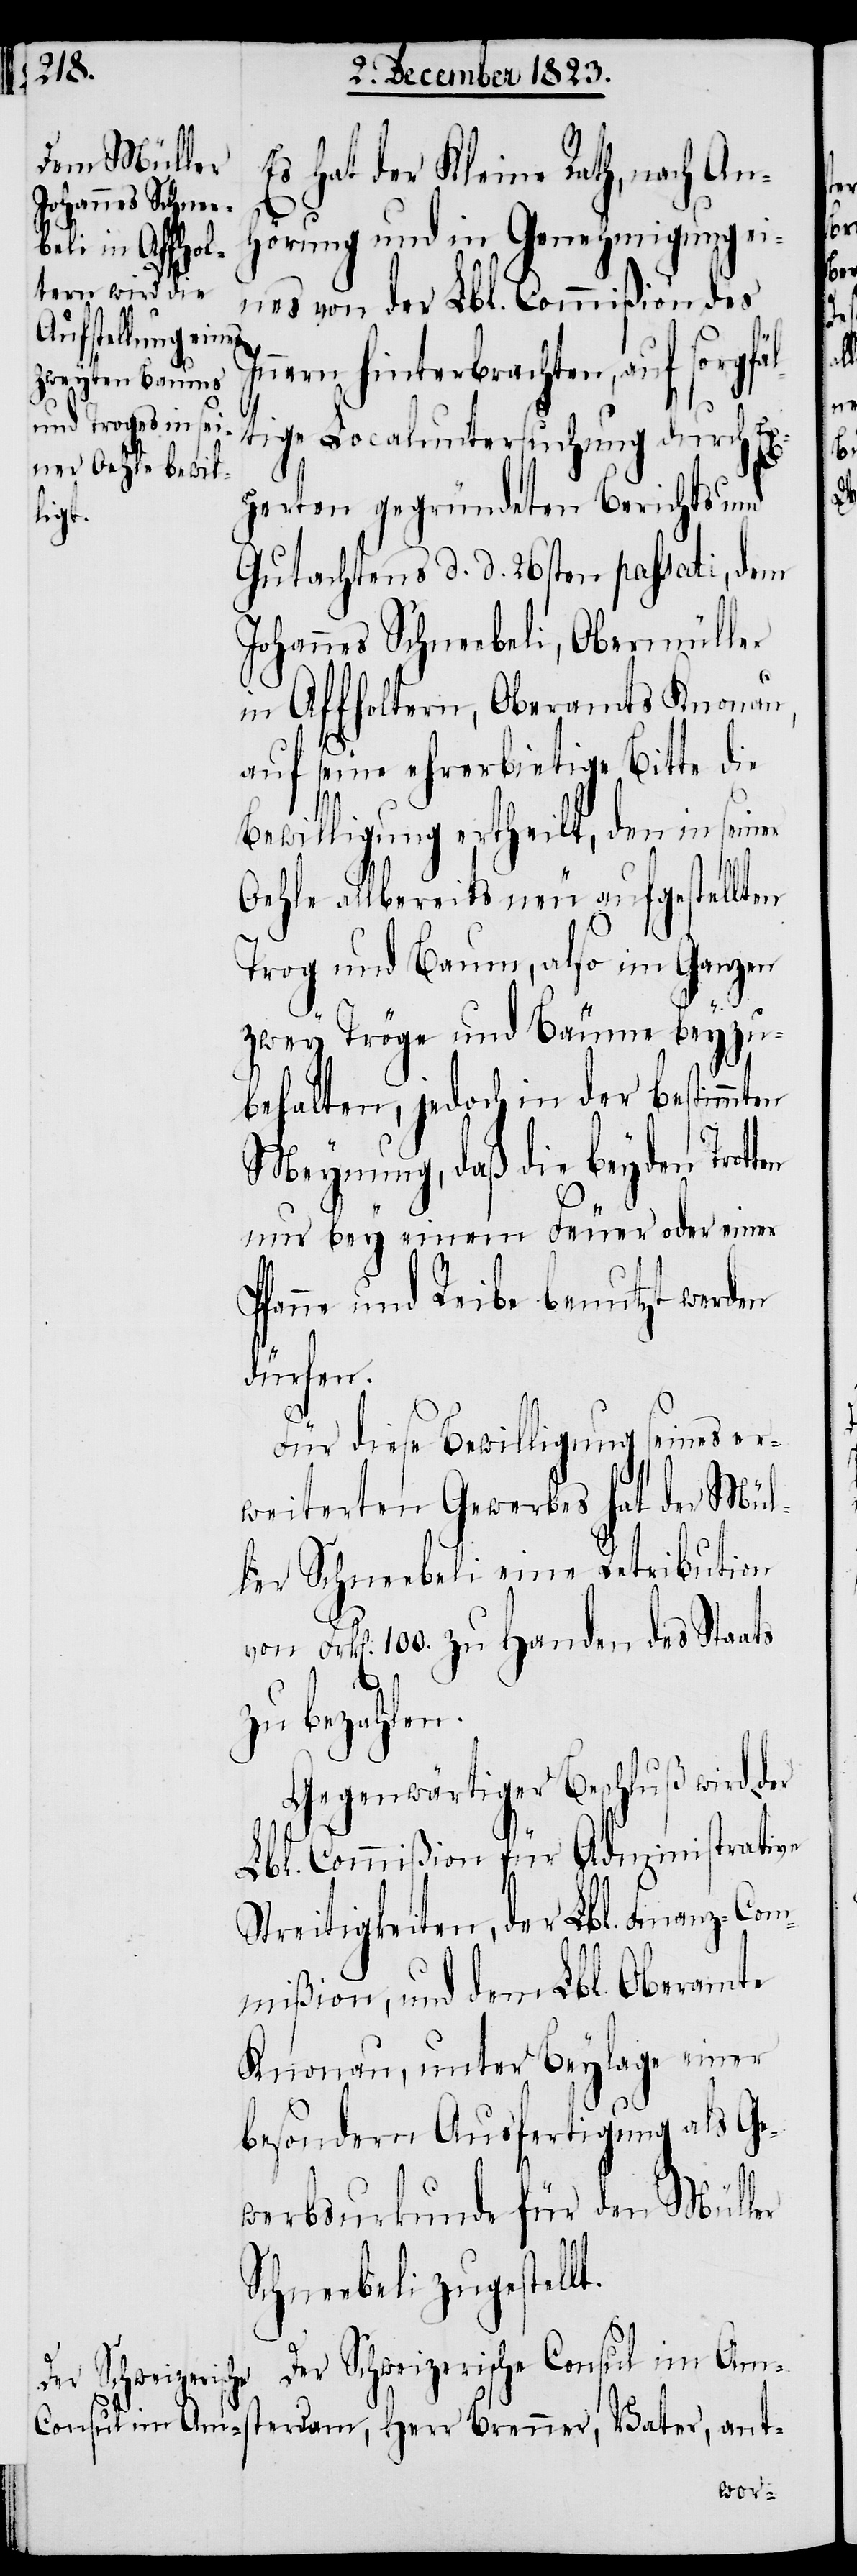
Es hat der Kleine Rath, nach An¬
hörung und in Genehmigung e¬
ines von der Lbl. Commißion des
nern hinterbrachten, auf sorgfäl¬
tige Localuntersuchung durch Ex¬
che
perten gegründeten Berichts und
Gutachtens d. d. 26sten passati, dem
Johannes Schneebeli, Obermüller
in Affholtern, Oberamts Knonau,
auf seine ehrerbietige Bitte die
Bewilligung ertheilt, den in seiner
Oehle allbereits neu aufgestellten
Trog und Baum, also im Ganzen
zwey Tröge und Bäume beyzu¬
behalten, jedoch in der bestimmten
Meynung, daß die beyden Trott¬
nur bey einem Feuer oder einer
Pfanne und Reibe benutzt werden
dürfen.
Für diese Bewilligung seines er¬
weiterten Gewerbes hat der Mül¬
ler Schneebeli eine Retribution
von Frk[en]. 100. zu Handen des Staats
zu bezahlen.
Gegenwärtiger Beschluß wird der
Lbl. Commißion für Administrative
Streitigkeiten, der Lbl. Finanz-Com¬
mißion, und dem Lbl. Oberamte
Knonau, unter Beylage einer
besondern Ausfertigung als Ge¬
werbsurkunde für den Müller
Schneebeli zugestellt.
Der Schweizeris¬
Consul im Amsterdam, Herr Brenner, Vater, ant-